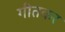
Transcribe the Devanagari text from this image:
गीतकर